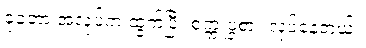
ခုတော့ အလုပ်က ထွက်ပြီး စက္ကူပွဲစား လုပ်နေတယ်။